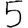
Digit: 5